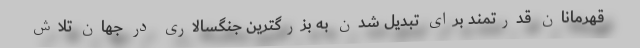
قهرمانان قدرتمند برای تبدیل شدن به بزرگترین جنگسالاری در جهان تلاش